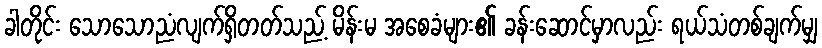
ခါတိုင်း သောသောညံလျက်ရှိတတ်သည့် မိန်းမ အစေခံများ၏ ခန်းဆောင်မှာလည်း ရယ်သံတစ်ချက်မျှ